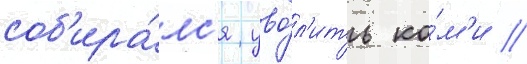
соб'ира́лс'я уво́л'ить ко́м'и //